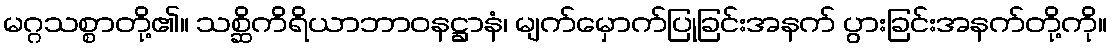
မဂ္ဂသစ္စာတို့၏။ သစ္ဆိကိရိယာဘာဝနဋ္ဌာနံ၊ မျက်မှောက်ပြုခြင်းအနက် ပွားခြင်းအနက်တို့ကို။